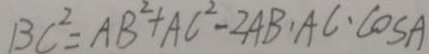
B C ^ { 2 } = A B ^ { 2 } + A C ^ { 2 } - 2 A B \cdot A C \cdot \cos A